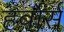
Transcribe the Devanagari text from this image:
हर्बोर्स